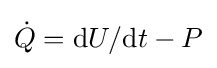
{\dot {Q}}=\mathrm {d} U/\mathrm {d} t-P